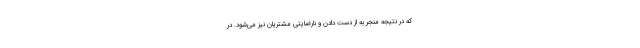
که در نتیجه منجر به از دست دادن و نارضایتی مشتریان نیز می‌شود. در